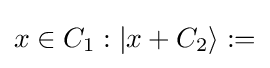
x\in C_{1}:{|}x+C_{2}\rangle :=